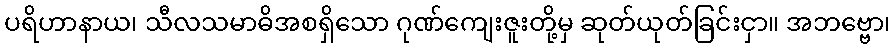
ပရိဟာနာယ၊ သီလသမာဓိအစရှိသော ဂုဏ်ကျေးဇူးတို့မှ ဆုတ်ယုတ်ခြင်းငှာ။ အဘဗ္ဗော၊